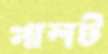
পালট